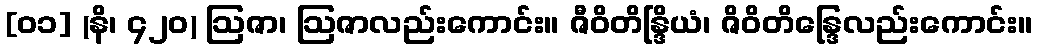
[၀၁] (နိ၊ ၄၂၀) ဩဇာ၊ ဩဇာလည်းကောင်း။ ဇီဝိတိန္ဒြိယံ၊ ဇိဝိတိန္ဒြေလည်းကောင်း။